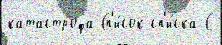
катастро́фа Сп'и́сок сп'и́ска С